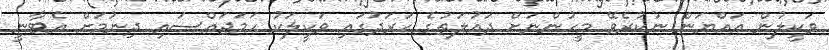
ވަކީލުން އައްޔަން ނުކުރެވޭ މީހުންނަށް ދައުލަތުގެ ހަރަދުގައި ވަކީލަކު ހަމަޖައްސައި ދިނުމަަށް އެޓާނީ